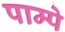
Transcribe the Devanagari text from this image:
पाम्पे